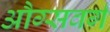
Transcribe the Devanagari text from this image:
औग्सवर्ग